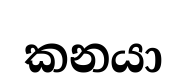
කනයා